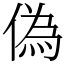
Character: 偽